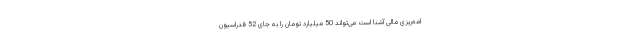
امه‌ریزی مالی آشنا است می‌تواند 50 میلیارد تومان را به جای 52 فدراسیون